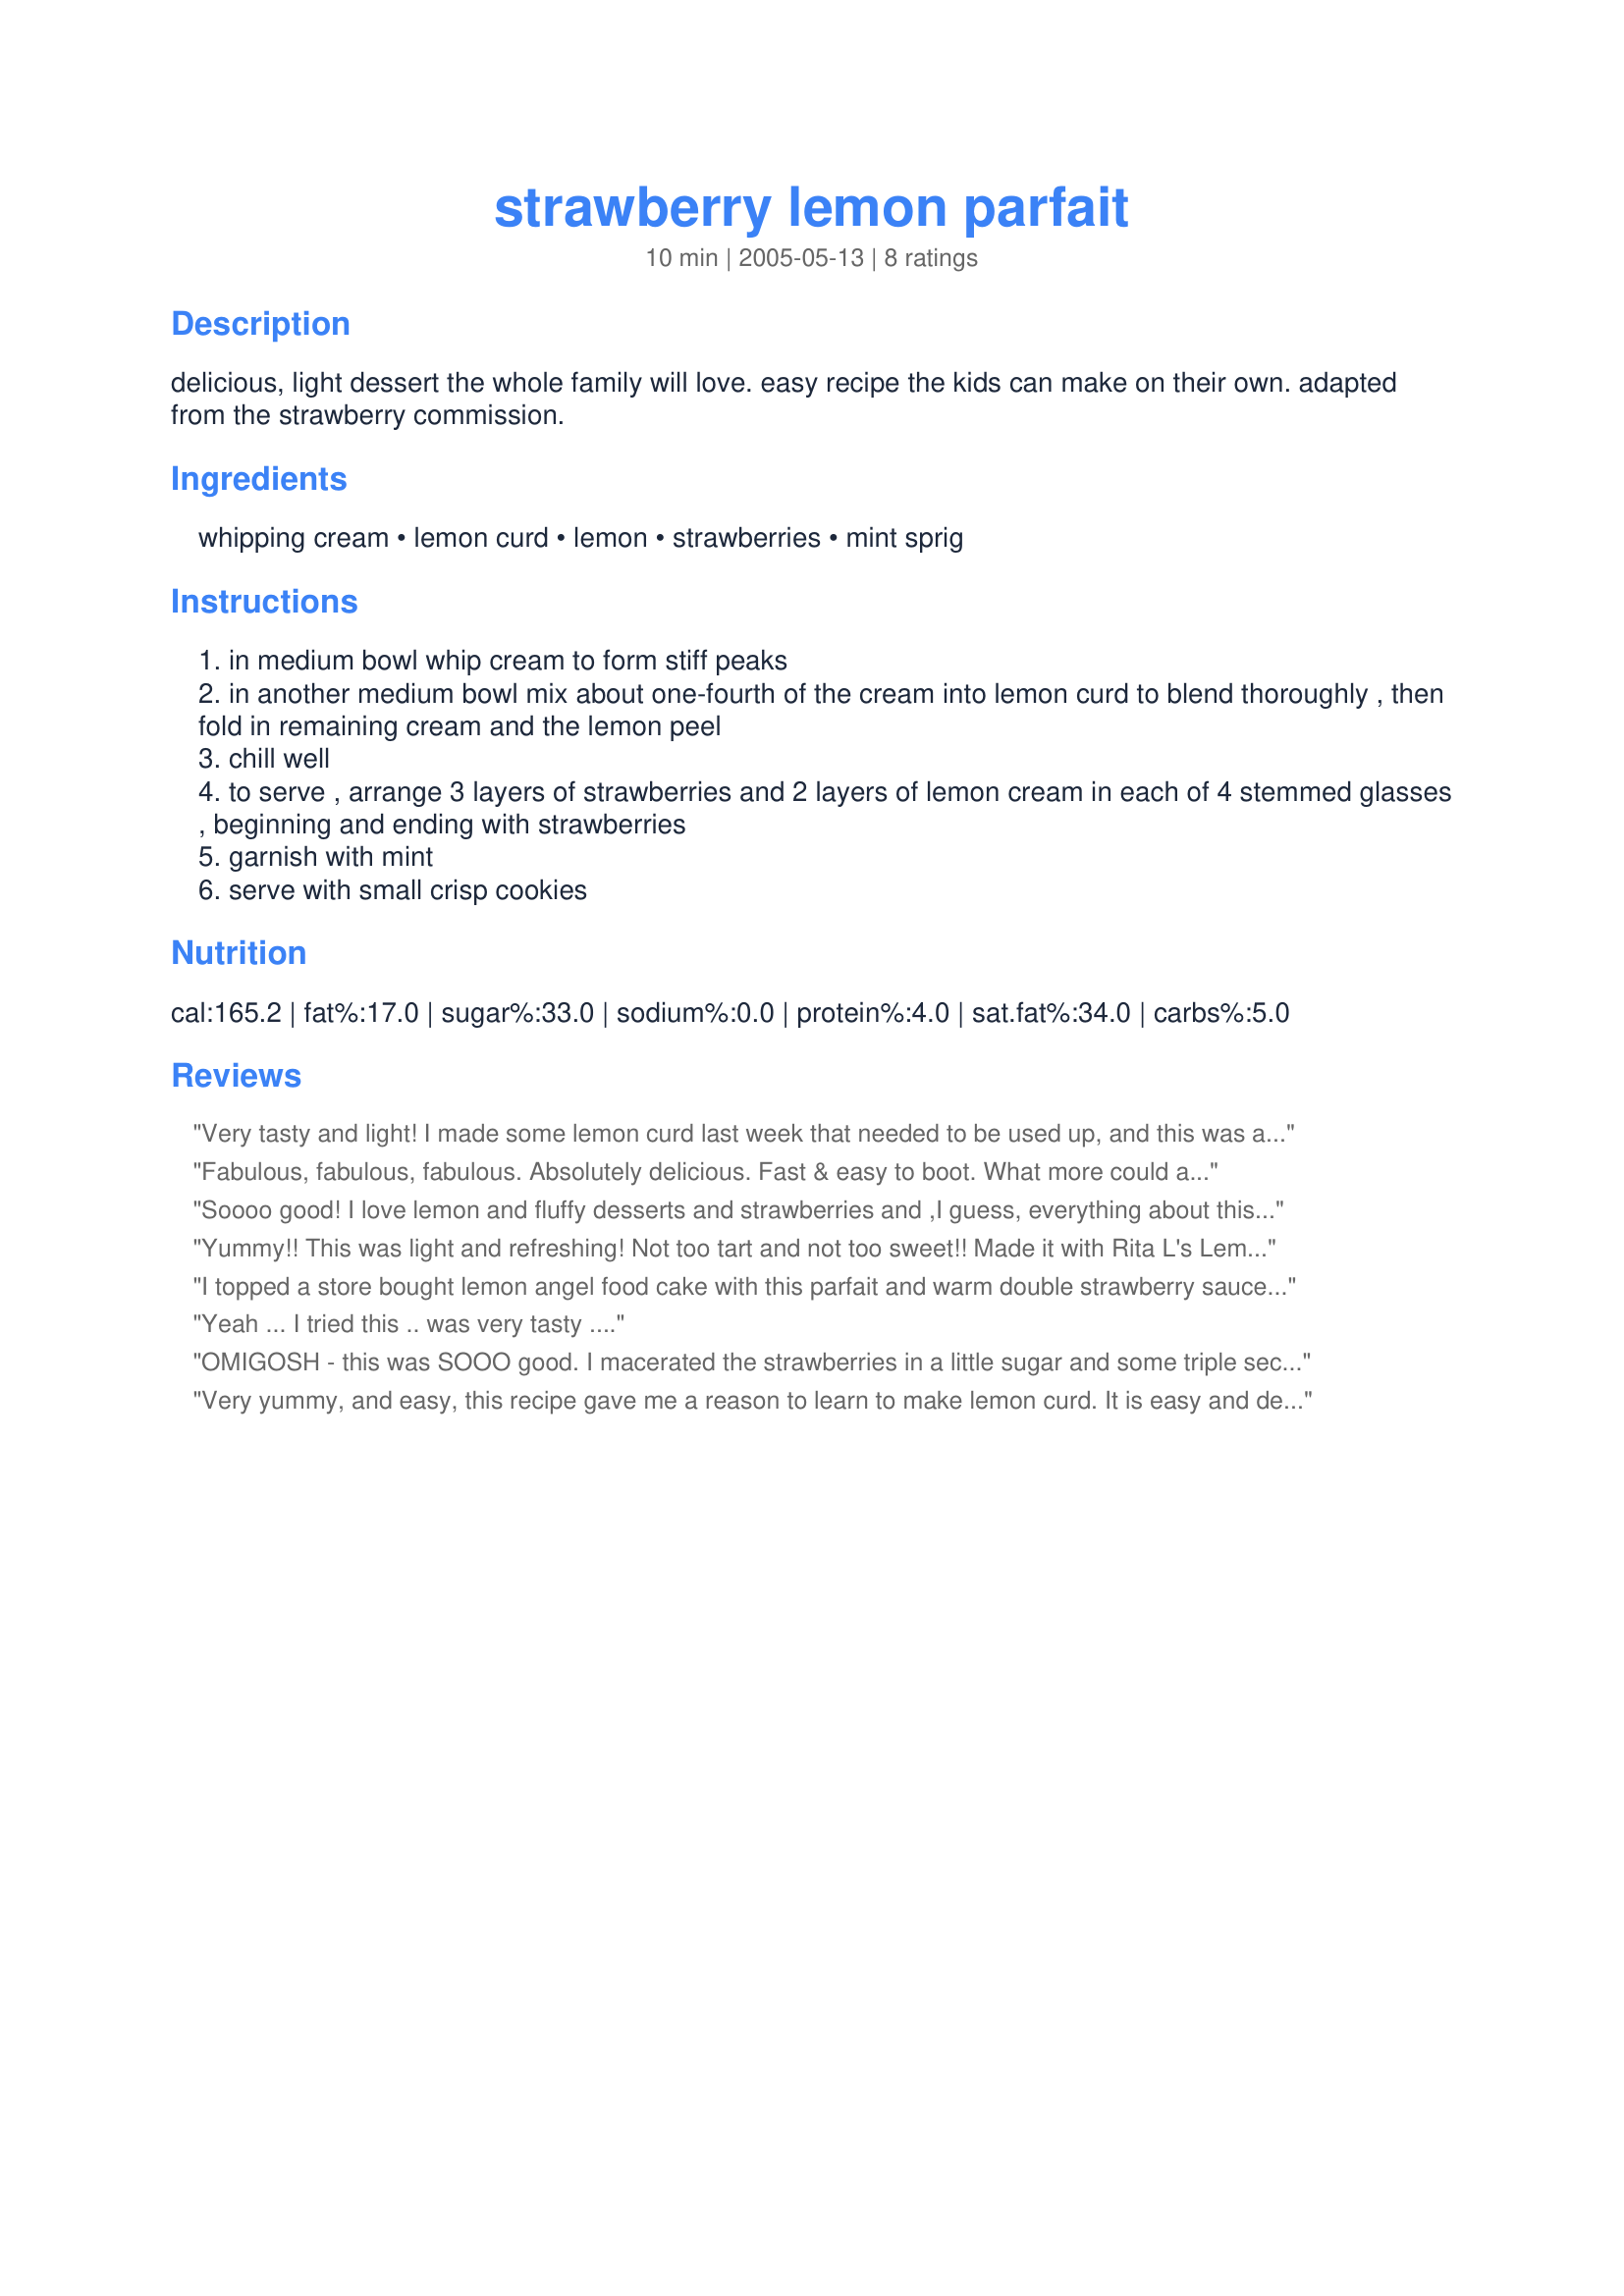
strawberry lemon parfait
Preparation time: 10 minutes

delicious, light dessert the whole family will love.
easy recipe the kids can make on their own.
adapted from the strawberry commission.

Ingredients:
whipping cream, lemon curd, lemon, strawberries, mint sprig

Steps:
in medium bowl whip cream to form stiff peaks
in another medium bowl mix about one-fourth of the cream into lemon curd to blend thoroughly , then fold in remaining cream and the lemon peel
chill well
to serve , arrange 3 layers of strawberries and 2 layers of lemon cream in each of 4 stemmed glasses , beginning and ending with strawberries
garnish with mint
serve with small crisp cookies

Reviews:
Very tasty and light! I made some lemon curd last week that needed to be used up, and this was a perfect way to use it. It was enjoyed by all, and it was so pretty!!! Thanks Leslie!
Fabulous, fabulous, fabulous. Absolutely delicious. Fast & easy to boot. What more could a mom ask for?
Soooo good! I love lemon and fluffy desserts and strawberries and ,I guess, everything about this! I was a little short on strawberries (thanks to my kids snitching...) so I glazed the top layer with lemon curd so it would look more full. This is wonderful. Thanks!
Yummy!! This was light and refreshing! Not too tart and not too sweet!! Made it with Rita L's Lemon Curd Recipe #61278.
I topped a store bought lemon angel food cake with this parfait and warm double strawberry sauce also a recipe by sarahsmomi. Awesome dessert! The parfait is so creamy and not overly tart. Very simple and quick to make too.
Yeah ... I tried this .. was very tasty ....
OMIGOSH - this was SOOO good. I macerated the strawberries in a little sugar and some triple sec for a few hours, but this would have been scrumptious even with the berries plain. A lovely dessert - very elegant looking but oh so very easy!
Very yummy, and easy, this recipe gave me a reason to learn to make lemon curd. It is easy and delicious. I added in some grham cracker crumbs in with they parfait layers to make it interesting. Served it in a margarita glass! Not too sweet, not too tart, just right!
